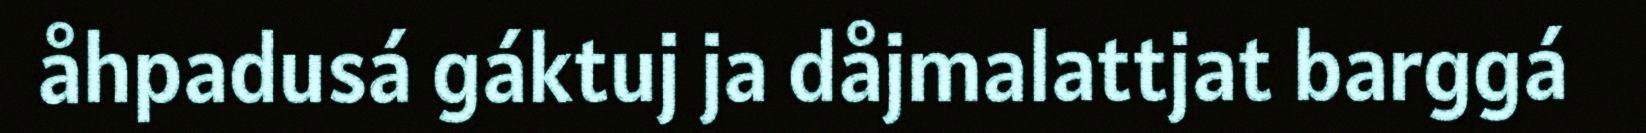
åhpadusá gáktuj ja dåjmalattjat barggá